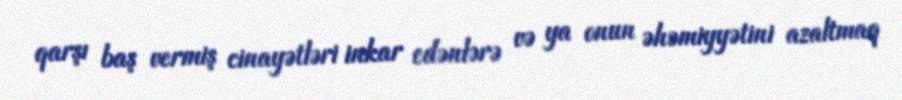
qarşı baş vermiş cinayətləri inkar edənlərə və ya onun əhəmiyyətini azaltmaq